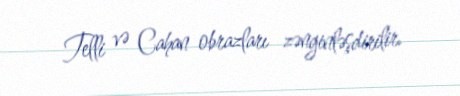
Telli və Cahan obrazları zənginləşdirilir.